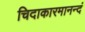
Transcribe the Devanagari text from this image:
चिदाकारमानन्दं